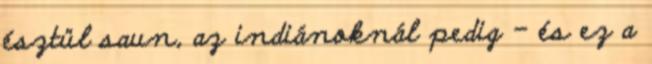
észtül saun, az indiánoknál pedig – és ez a